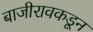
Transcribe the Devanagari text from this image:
बाजीरावकडून